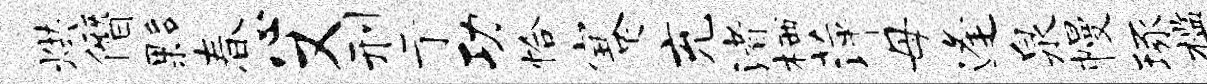
烘僭夥春心又刑亍功恰蹇充渚栖萍母逢泉幔琢槛